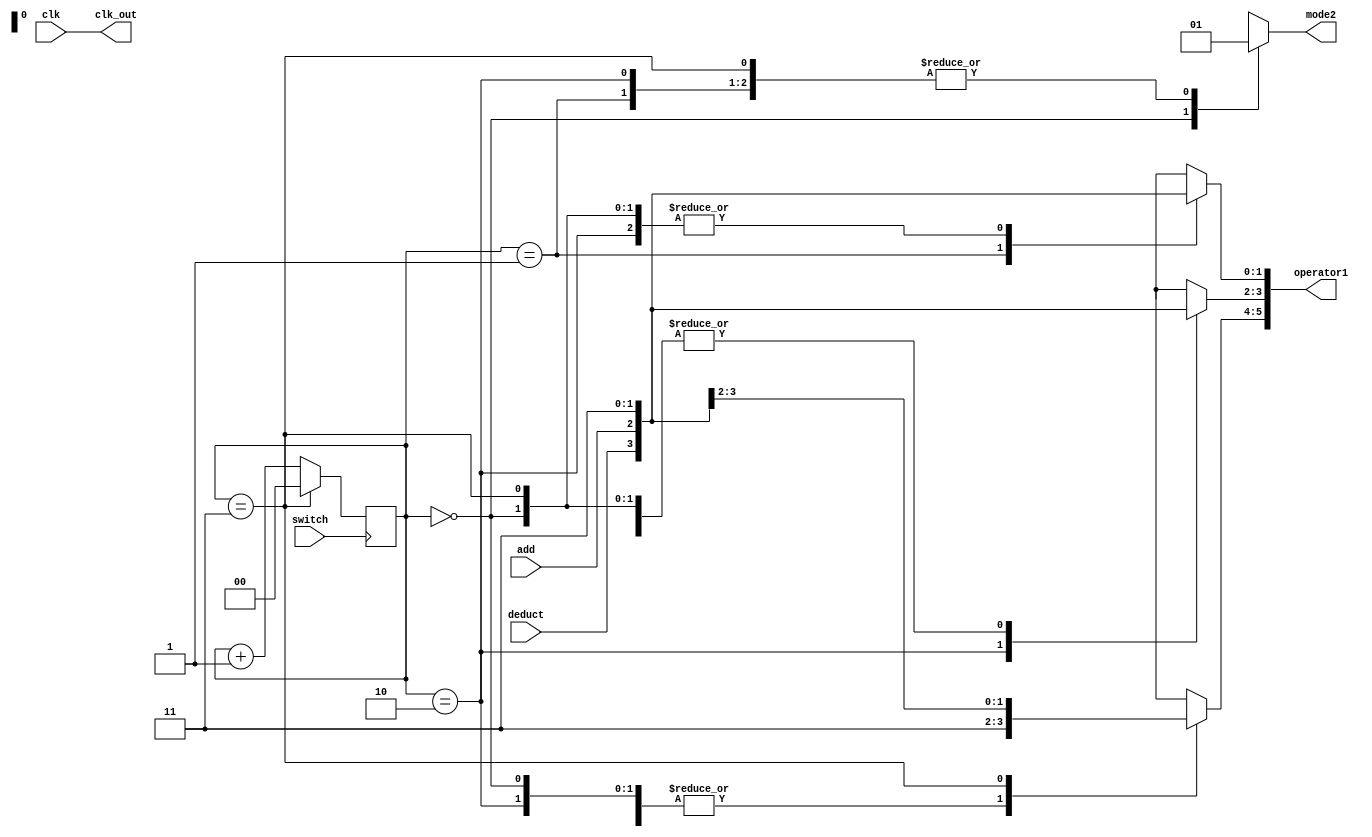
module switch_state_ver2(clk,switch,add,deduct,clk_out,mode2,operator1/*,hour1,minute1,second1*/);
input clk,switch,add,deduct;
//output [13:0]hour1,minute1,second1;
output mode2,clk_out;
output [5:0]operator1;
wire trigger1,trigger2;

reg mode1;
reg [5:0]operator;
reg [1:0]count;

initial begin
count=2'b00;
end



always @(negedge switch)
if(count==3)count<=0;
else count<=count+1;



always @(*)
begin
 mode1=1;
  operator=6'b111111;
 case (count) 
     2'b00 :   
	         begin
	           mode1=0;
				  operator=6'b111111;
				  
				 end
	 
	 
     2'b01  :
	         begin
				  operator[5:2]=4'b1111;
				  operator[1:0]={deduct,add};
				   //operator=6'b111011;
					
				end
	 
	 
     2'b10 :  
	         begin
				  operator[3:2]={deduct,add};
				  {operator[5],operator[4],operator[1],operator[0]}=4'b1111;
				   // operator=6'b111110;
				/*	operator[3]=deduct;
					operator[2]=add;*/
					
				end
			  
     2'b11 : 
            begin
				  operator[5:4]={deduct,add};
				  {operator[3],operator[2],operator[1],operator[0]}=4'b1111;
				  //  operator=6'b011111;
				end
	 
                    
                  
    default    :  
	       begin 
			     mode1=0;
				  operator=6'b111111;
         	end
			 
			 
  endcase

  
end




/*

seccond_counter second(.clk(clk),.mode(mode1),.add(operator[0]),.deduct(operator[1]),.seg(second1),.trigger(trigger1));


minute_counter minute(.clk(clk),.second(trigger1),.mode(mode1),.add(operator[2]),.deduct(operator[3]),.seg(minute1),.trigger(trigger2));


 hour_counter hour(.clk(clk),.minute(trigger2),.mode(mode1),.add(operator[4]),.deduct(operator[5]),.seg(hour1));*/
 
 assign mode2=mode1;
 
 assign operator1=operator;
 
 assign clk_out=clk;
 
 
 endmodule